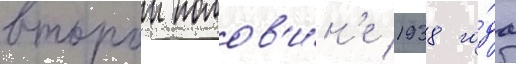
второи полов'и́н'е 1938 го́да